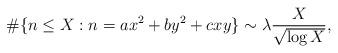
LaTeX: \begin{align*}\#\{n\le X: n=ax^2+by^2+cxy \}\sim \lambda\frac{X}{\sqrt{\log X}},\end{align*}